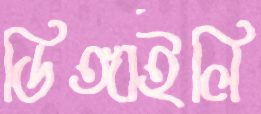
ডিঙ্গাইলি